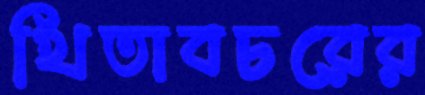
খিতাবচরের